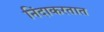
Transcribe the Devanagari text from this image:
निंदाकरतात